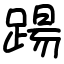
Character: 踼